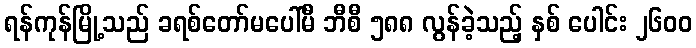
ရန်ကုန်မြို့သည် ခရစ်တော်မပေါ်မီ ဘီစီ ၅၈၈ လွန်ခဲ့သည့် နှစ် ပေါင်း ၂၆၀၀